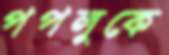
পপলুকে